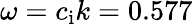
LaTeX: \omega=c_{\mathrm{i}}k=0.577